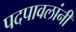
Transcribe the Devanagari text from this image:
पदपावलांनी